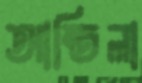
আন্তিলা